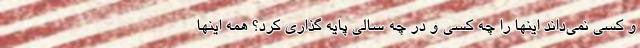
و کسی نمی‌داند اینها را چه کسی و در چه سالی پایه گذاری کرد؟ همه اینها